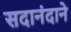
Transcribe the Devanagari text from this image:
सदानंदाने